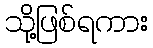
သို့ဖြစ်ရကား